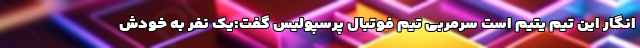
انگار این تیم یتیم است سرمربی تیم فوتبال پرسپولیس گفت:یک نفر به خودش